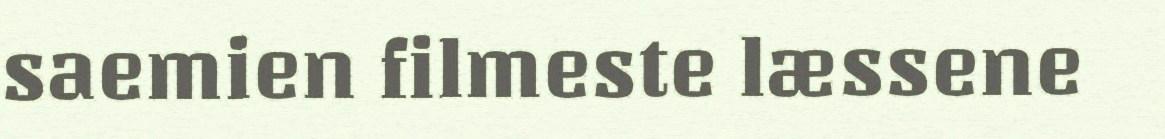
saemien filmeste læssene